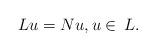
LaTeX: \begin{align*}Lu = Nu,u\in \,L.\end{align*}